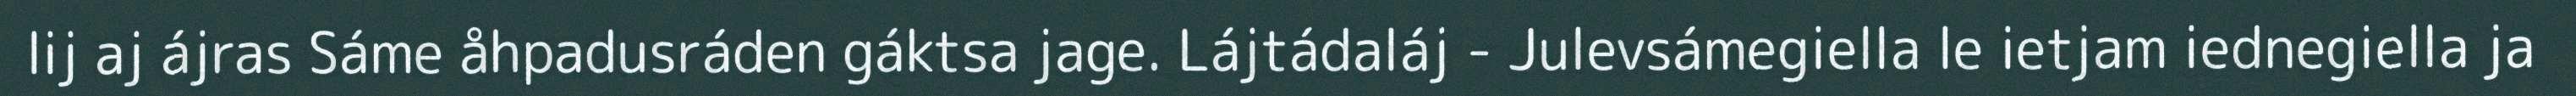
lij aj ájras Sáme åhpadusráden gáktsa jage. Lájtádaláj - Julevsámegiella le ietjam iednegiella ja